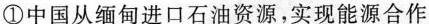
①中国从缅甸进口石油资源，实现能源合作